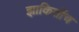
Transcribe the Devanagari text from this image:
झाकितोंच